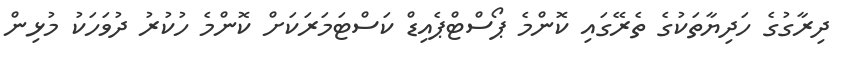
ދިރާގުގެ ހަދިޔާތަކުގެ ތެރޭގައި ކޮންމެ ޕޯސްޓްޕެއިޑް ކަސްޓަމަރަކަށް ކޮންމެ ހުކުރު ދުވަހަކު މުޅިން